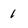
Character: 1